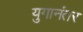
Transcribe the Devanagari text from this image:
युगानंतर